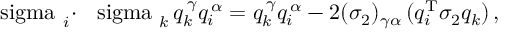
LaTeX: \mathrm { \boldmath ~ \ s i g m a ~ } _ { i } \! \cdot \mathrm { \boldmath ~ \ s i g m a ~ } _ { k } \, q _ { k } ^ { \, \gamma } q _ { i } ^ { \, \alpha } = q _ { k } ^ { \, \gamma } q _ { i } ^ { \, \alpha } - 2 ( \sigma _ { 2 } ) _ { \gamma \alpha } \, ( q _ { i } ^ { \mathrm { T } } \sigma _ { 2 } q _ { k } ) \, ,